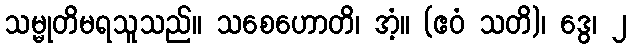
သမ္မုတိမရသူသည်။ သစေဟောတိ၊ အံ့။ (ဧဝံ သတိ)၊ ဒွေ၊ ၂